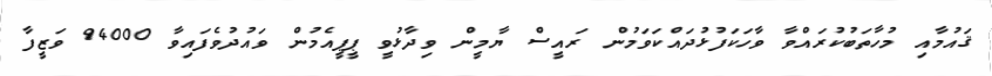
ޤައުމާއި މުހާތަބުކުރައްވާ ވާހަކަފުޅުދައްކަވަމުން ރައީސް ޔާމީން ވިދާޅުވީ ޕީޕީއެމުން ވައުދުވެފައިވާ 94000 ވަޒީފާ